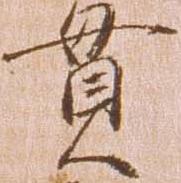
貫